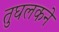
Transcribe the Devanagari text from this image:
तुघलकने